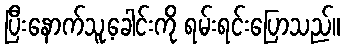
ပြီးနောက်သူ့ခေါင်းကို ရမ်းရင်းပြောသည်။